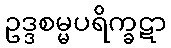
ဥဒ္ဒစမ္မပရိက္ခဋာ